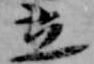
立